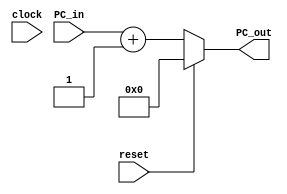
module PC_Incrementer(PC_out, PC_in, reset, clock);

output reg [15:0] PC_out;
input [15:0] PC_in;
input reset, clock;

initial
begin
	PC_out <=16'b0;
end

always @(PC_in, reset)
begin
	if(reset)
		PC_out <= 16'b0;
	else
		PC_out <= PC_in + 1'b1;
end
endmodule